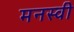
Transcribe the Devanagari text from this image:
मनस्‍वी